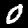
Digit: 0